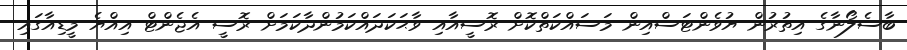
ބާސެލޯނާގެ އިތުރުން ޔުވެންޓަސްއިން މަސައްކަތްކޮށް ރޮސީއާއި ވާޙަކަދައްކަމުންދާކަމަށް ރޮސީ އެޖެންޓް އިއްޔެ މީޑިއާގައި